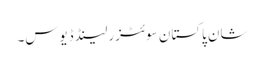
شان پاکستان سوئٹزرلینڈ ڈیوس۔